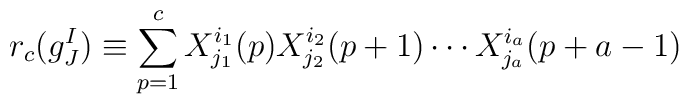
r_c (g^I_J) \equiv \sum_{p=1}^c X^{i_1}_{j_1}(p) X^{i_2}_{j_2}(p+1) \cdots X^{i_a}_{j_a}(p+a-1)